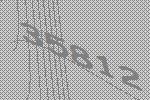
35812